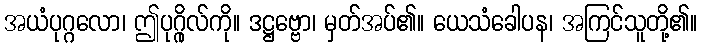
အယံပုဂ္ဂလော၊ ဤပုဂ္ဂိုလ်ကို။ ဒဋ္ဌဗ္ဗော၊ မှတ်အပ်၏။ ယေသံခေါပန၊ အကြင်သူတို့၏။